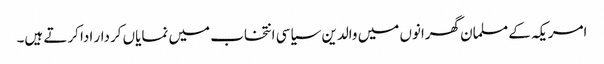
امریکہ کے مسلمان گھرانوں میں والدین سیاسی انتخاب میں نمایاں کردار ادا کرتے ہیں۔